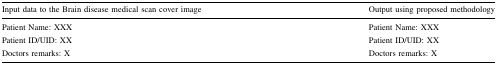
<table><thead><tr><td><b>Input data to the Brain disease medical scan cover image</b></td><td><b>Output using proposed methodology</b></td></tr></thead><tbody><tr><td>Patient Name: XXX</td><td>Patient Name: XXX</td></tr><tr><td>Patient ID/UID: XX</td><td>Patient ID/UID: XX</td></tr><tr><td>Doctors remarks: X</td><td>Doctors remarks: X</td></tr></tbody></table>